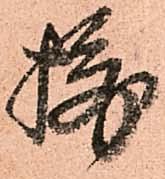
攝